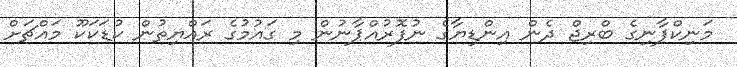
މަނިކްފާނިގެ ބްރިޖް ދެން އިންޑިޔާގެ ނުފޮރުއްޕާނުން މި ގައުމުގެ ރައްޔިތުން ކުޑަކަކޫ މައްޗަށް